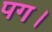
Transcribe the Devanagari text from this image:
पग।